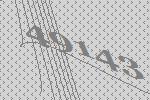
49143